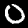
Digit: 0